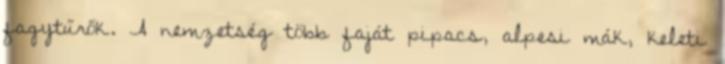
fagytűrők. A nemzetség több faját pipacs, alpesi mák, keleti